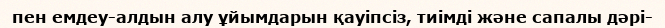
пен емдеу-алдын алу ұйымдарын қауіпсіз, тиімді және сапалы дәрі-